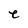
Character: e